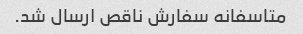
متاسفانه سفارش ناقص ارسال شد.